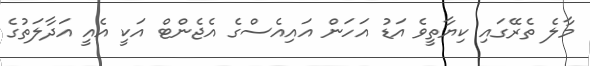
މާލެ ތެރޭގައި ކިޔާތީވެ އަޑު އަހަން އައިއެސްގެ އެޖެންޓް އަކީ އެއީ އަދާލަތުގެ